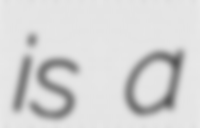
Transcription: is a